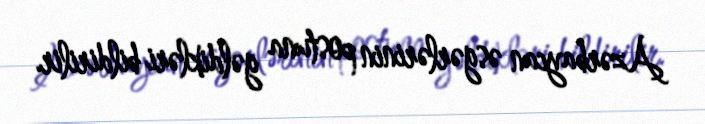
Azərbaycan əsgərlərinin postuna gəldikləri bildirilir.